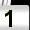
Digit: 1